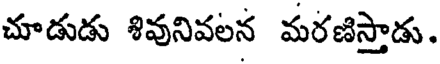
చూడుడు శివునివలన మరణిస్తాడు.